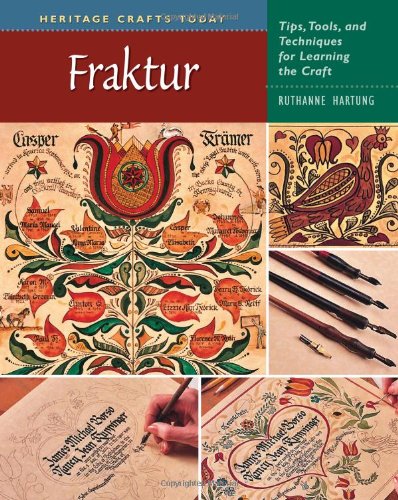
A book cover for Fraktur: Tips, Tools, and Techniques for Learning the Craft (Heritage Crafts); Ruthanne Hartung; Crafts, Hobbies & Home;